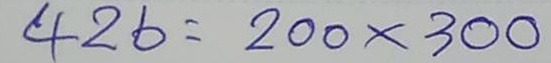
426 = 200 x 300